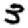
Digit: 3